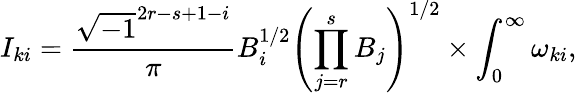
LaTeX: I_{ki}=\frac{\sqrt{-1}^{2r-s+1-i}}{\pi}B_{i}^{1/2}\left(\prod_{j=r}^{s}B_{j}\right)^{1/2}\times\int_{0}^{\infty}\omega_{ki},